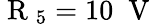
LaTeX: \mathrm{~R~}_{5}=10\; \mathrm{~V~}